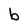
Character: b